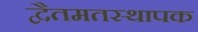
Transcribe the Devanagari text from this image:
द्वैतमतस्थापक